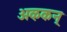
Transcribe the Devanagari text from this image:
अऴकन्